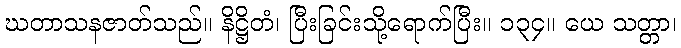
ဃတာသနဇာတ်သည်။ နိဋ္ဌိတံ၊ ပြီးခြင်းသို့ရောက်ပြီး။ ၁၃၄။ ယေ သတ္တာ၊